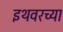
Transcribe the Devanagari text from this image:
इथवरच्या